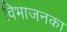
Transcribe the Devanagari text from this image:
विभाजनका